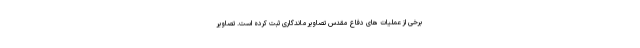
برخی از عملیات های دفاع مقدس تصاویر ماندگاری ثبت کرده است. تصاویر